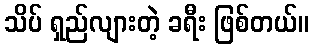
သိပ် ရှည်လျားတဲ့ ခရီး ဖြစ်တယ်။